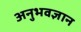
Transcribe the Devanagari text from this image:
अनुभवज्ञान